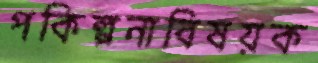
পকিল্পনাবিষয়ক